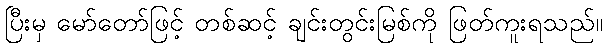
ပြီးမှ မော်တော်ဖြင့် တစ်ဆင့် ချင်းတွင်းမြစ်ကို ဖြတ်ကူးရသည်။